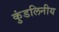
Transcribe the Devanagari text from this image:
कुंडलिनीय